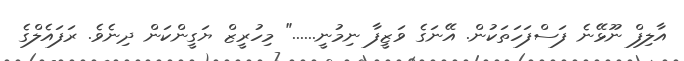
އާލިފް ނޫޅޭނެ ފަސްފަހަތަކުން. އޭނަގެ ވަޒީފާ ނިމުނީ......" މިހުރީޒް ޔަގީންކަން ދިނެވެ. ރަފައެލްގެ